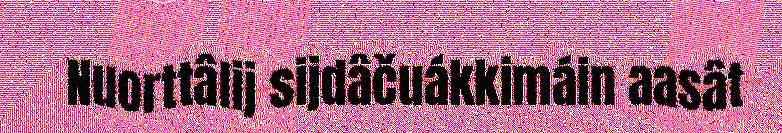
Nuorttâlij sijdâčuákkimáin aasât